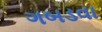
ગબડવા